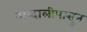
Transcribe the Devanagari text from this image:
अब्दालीपासून